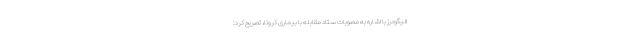
الیگودرز با اشاره به مصوبات ستاد مقابله با بیماری کرونا، تصریح کرد: